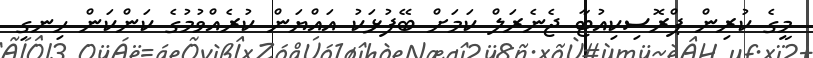
މީގެ ކުރިން ޕްރޮސިކިއުޓާ ޖެނެރަލް ކަމަށް ބޭފުޅަކު އައްޔަން ކުރެއްވުމުގެ ކަންކަން ހިނގި